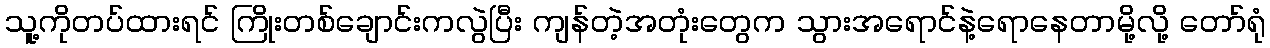
သူ့ကိုတပ်ထားရင် ကြိုးတစ်ချောင်းကလွဲပြီး ကျန်တဲ့အတုံးတွေက သွားအရောင်နဲ့ရောနေတာမို့လို့ တော်ရုံ